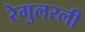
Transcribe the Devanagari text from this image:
रेगुलरली